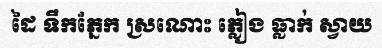
ដៃ ទឹកភ្នែក ស្រណោះ ភ្លៀង ធ្លាក់ ស្វាយ